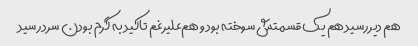
هم دیر رسید هم یک قسمتش سوخته بود و هم‌علیرغم تاکید به گرم بودن سرد رسید